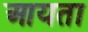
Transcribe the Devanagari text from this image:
आयता